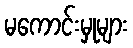
မကောင်းမှုများ